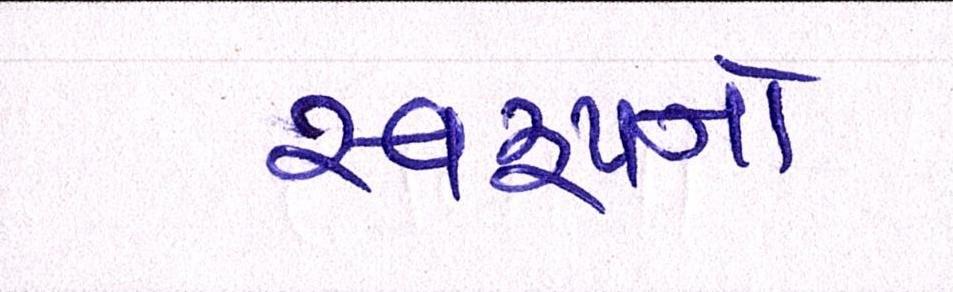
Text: સ્વરૂપને